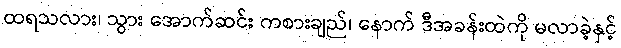
ထရသလား၊ သွား အောက်ဆင်း ကစားချည်၊ နောက် ဒီအခန်းထဲကို မလာခဲ့နှင့်